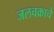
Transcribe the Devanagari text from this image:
जलचक्राचे